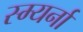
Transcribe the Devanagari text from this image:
स्म्यर्ना